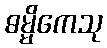
ဓမ္မိကေသု